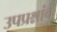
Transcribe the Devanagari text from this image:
उपप्रश्नांचे